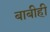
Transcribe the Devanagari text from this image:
बाबीही